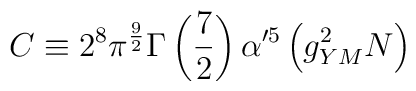
C \equiv 2^8 \pi^{9 \over 2} \Gamma \left({7 \over 2}\right) \alpha'^5 \left( g_{YM}^2 N \right)